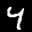
Label: 4